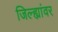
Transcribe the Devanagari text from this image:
जिल्ह्यांवर